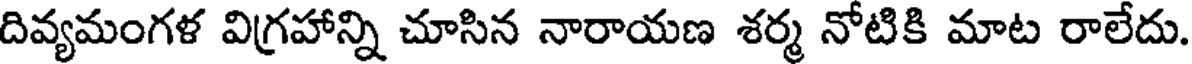
దివ్యమంగళ విగ్రహాన్ని చూసిన నారాయణ శర్మ నోటికి మాట రాలేదు.